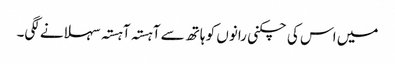
میں اس کی چکنی رانوں کو ہاتھ سے آہستہ آہستہ سہلانے لگی۔